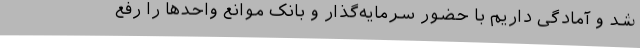
شد و آمادگی داریم با حضور سرمایه‌گذار و بانک‌ موانع واحدها را رفع